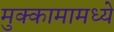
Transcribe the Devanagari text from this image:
मुक्कामामध्ये